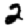
Digit: 2